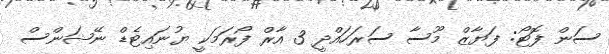
ސަން ފޮޓޯ: ފަޔާޒް މޫސާ ސަރަހައްދީ 3 އާރް ފޯރަމަކީ ޔުނައިޓެޑް ނޭޝަންސް